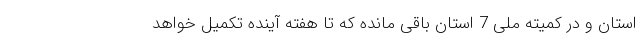
استان و در کمیته ملی 7 استان باقی مانده که تا هفته آینده تکمیل خواهد